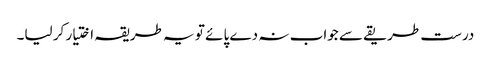
درست طریقے سے جواب نہ دے پائے تو یہ طریقہ اختیار کر لیا۔